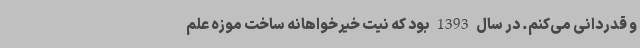
و قدردانی می‌کنم. در سال 1393 بود که نیت خیرخواهانه ساخت موزه علم